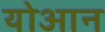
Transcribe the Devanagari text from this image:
योआन